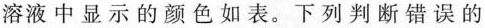
溶液中显示的颜色如表。下列判断错误的